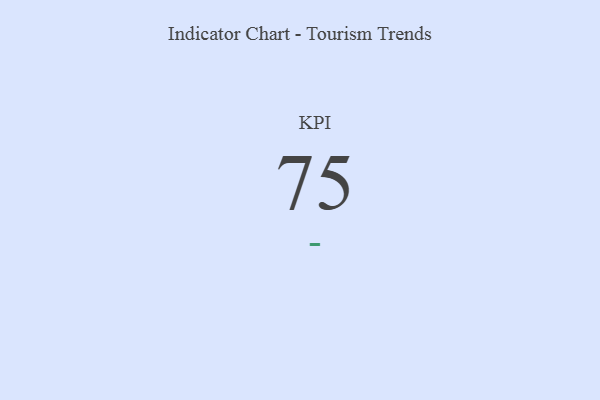
{"axis": {"x": "KPI", "y": "Value"}, "legend": [""], "data": [{"x": "KPI", "y": 75, "type": ""}]}